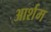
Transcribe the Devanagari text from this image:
आर्शम